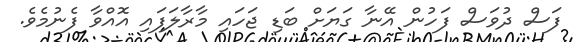
ފަސް ދުވަސް ފަހުން އޭނާ ގަޔަށް ބަޑި ޖަހައި މާރާލަފައި އޮއްވާ ފެނުމެވެ.